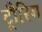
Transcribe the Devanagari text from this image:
ट्रौरिग